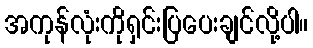
အကုန်လုံးကိုရှင်းပြပေးချင်လို့ပါ။